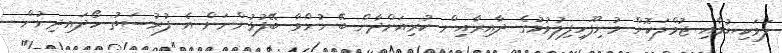
ލަވަކިޔުމާއި ޖުމްލަކޮށް މުނިފޫހިފިލުވުމުގެ ދާއިރާއިން ކުރިއަށްދާން ބޭނުންވާ ބޭފުޅުންނަށް އެ ފުރުސަތު ހޯދައިދިނުން